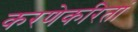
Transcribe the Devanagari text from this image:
करणेकरितां